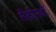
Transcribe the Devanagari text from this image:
सैंतीसवाँ